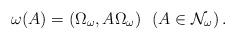
LaTeX: \begin{align*} \omega(A) = (\Omega_\omega,A\Omega_\omega) \ \ (A \in \mathcal{N}_\omega)\,.\end{align*}